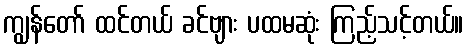
ကျွန်တော် ထင်တယ် ခင်ဗျား ပထမဆုံး ကြည့်သင့်တယ်။